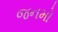
જનમો